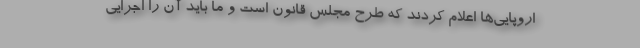
اروپایی‌ها اعلام کردند که طرح مجلس قانون است و ما باید آن را اجرایی